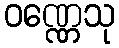
ဝဏ္ဏေသု